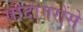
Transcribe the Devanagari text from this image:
सौदागरोंसे